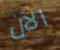
الآن